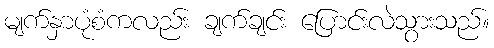
မျက်နှာပုံစံကလည်း ချက်ချင်း ပြောင်းလဲသွားသည်။